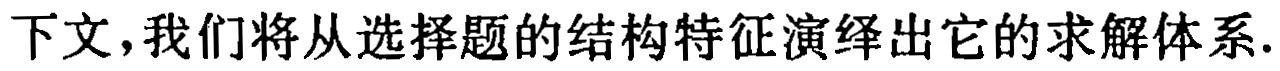
下文,我们将从选择题的结构特征演绎出它的求解体系.